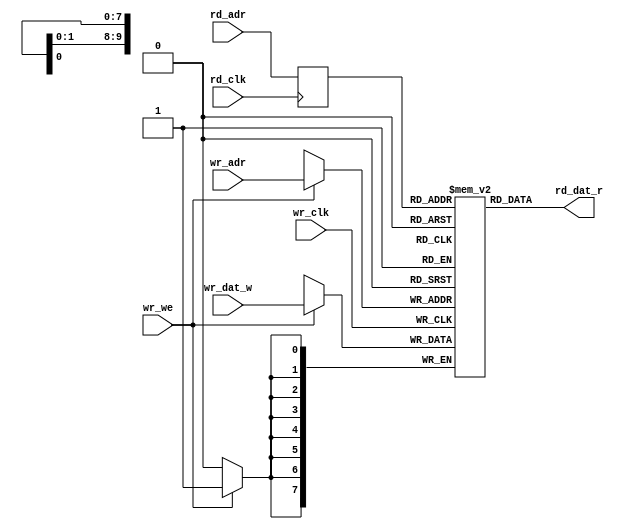
// 1024x8b ram (1 write / 1 read / 2 clocks)
// read latency: 1 clock

module usb2_ep_ram(
	input wr_clk,
	input wr_we,
	input [9:0] wr_adr,
	input [7:0] wr_dat_w,

	input rd_clk,
	input [9:0] rd_adr,
	output [7:0] rd_dat_r
);

reg [7:0] mem[0:1023];
reg [9:0] rd_adr_i;
always @(posedge wr_clk) begin
	if (wr_we)
		mem[wr_adr] <= wr_dat_w;
end

always @(posedge rd_clk) begin
	rd_adr_i <= rd_adr;
end

assign rd_dat_r = mem[rd_adr_i];

endmodule